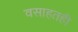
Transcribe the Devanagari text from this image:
वसाहतही